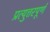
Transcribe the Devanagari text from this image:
प्रत्युत्तरपूर्ण